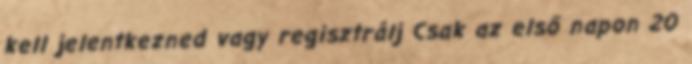
kell jelentkezned vagy regisztrálj Csak az első napon 20